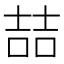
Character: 喆